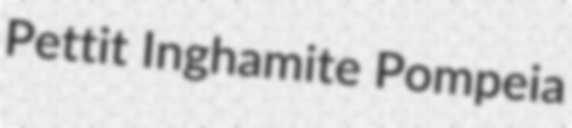
Pettit Inghamite Pompeia